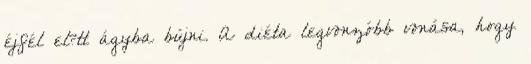
éjfél el?tt ágyba bújni. A diéta legvonzóbb vonása, hogy